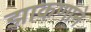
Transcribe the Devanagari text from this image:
झाकणाने